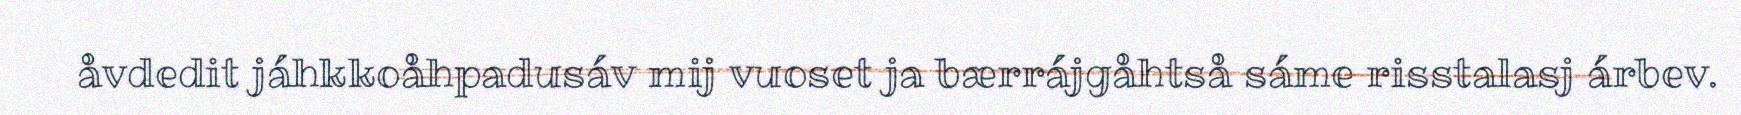
åvdedit jáhkkoåhpadusáv mij vuoset ja bærrájgåhtså sáme risstalasj árbev.